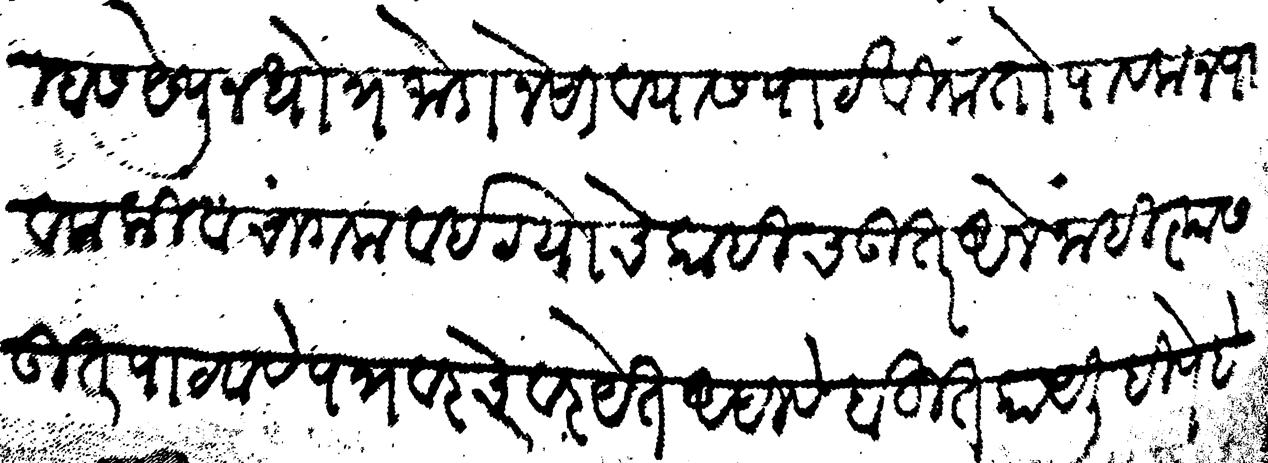
Transliteration (Devanagari): तुम्हास येथून धोत्र जोडा नेसावयास पाटविला तो पावला न पावला किंवा चांगला वाईट याचे काहीच उतर आले नाही त्यास उतर पाटवावे पत्र वरचेवर येत असावे बहुत काय लिहिणे हे